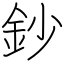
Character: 鈔